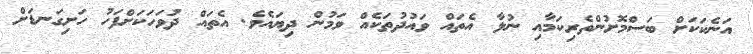
އަނެކަކަށް ބަސްމޮށުންތެރިކަމާއި ނުލާ އެތައް ވައުދުތަކެއް ވަމުން ދިޔައެވެ. އެތައް ދުވަހަކަށްފަހު ހަށިގަނޑަށް